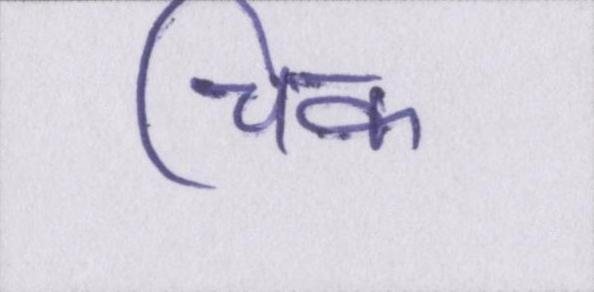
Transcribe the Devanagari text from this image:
चिक